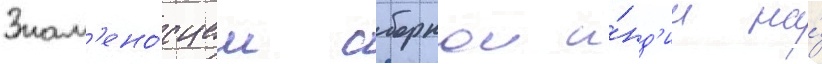
Знам'ено́сцем сборнои и́нд'ии на́